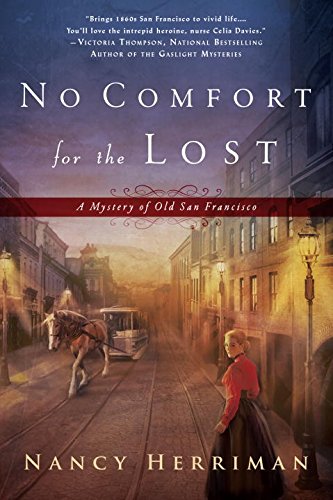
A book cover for No Comfort for the Lost: A Mystery of Old San Francisco; Nancy Herriman; Mystery, Thriller & Suspense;